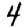
Digit: 4